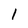
Character: l